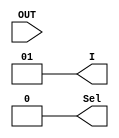
module test_mux21 (OUT, I, Sel);

	input OUT;
	output [1:0] I;
	output Sel;
	
	reg [1:0] I;
	reg Sel;
	
	initial begin
	
		I[0]=0;
		I[1]=1;
		Sel=1;
		
		#20
		I[0]=0;
		I[1]=1;
		Sel=0;
		
		#30
		I[0]=1;
		I[1]=0;
		Sel=0;
		
	end
	
	initial
		$monitor("%d, I1=%b, I0=%b, Sel=%b, OUT=%b", $time, I[1], I[0], Sel, OUT);

endmodule